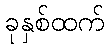
ခုနှစ်ထက်